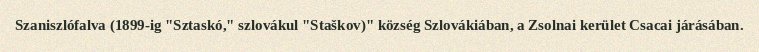
Szaniszlófalva (1899-ig "Sztaskó," szlovákul "Staškov)" község Szlovákiában, a Zsolnai kerület Csacai járásában.